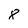
Character: 8